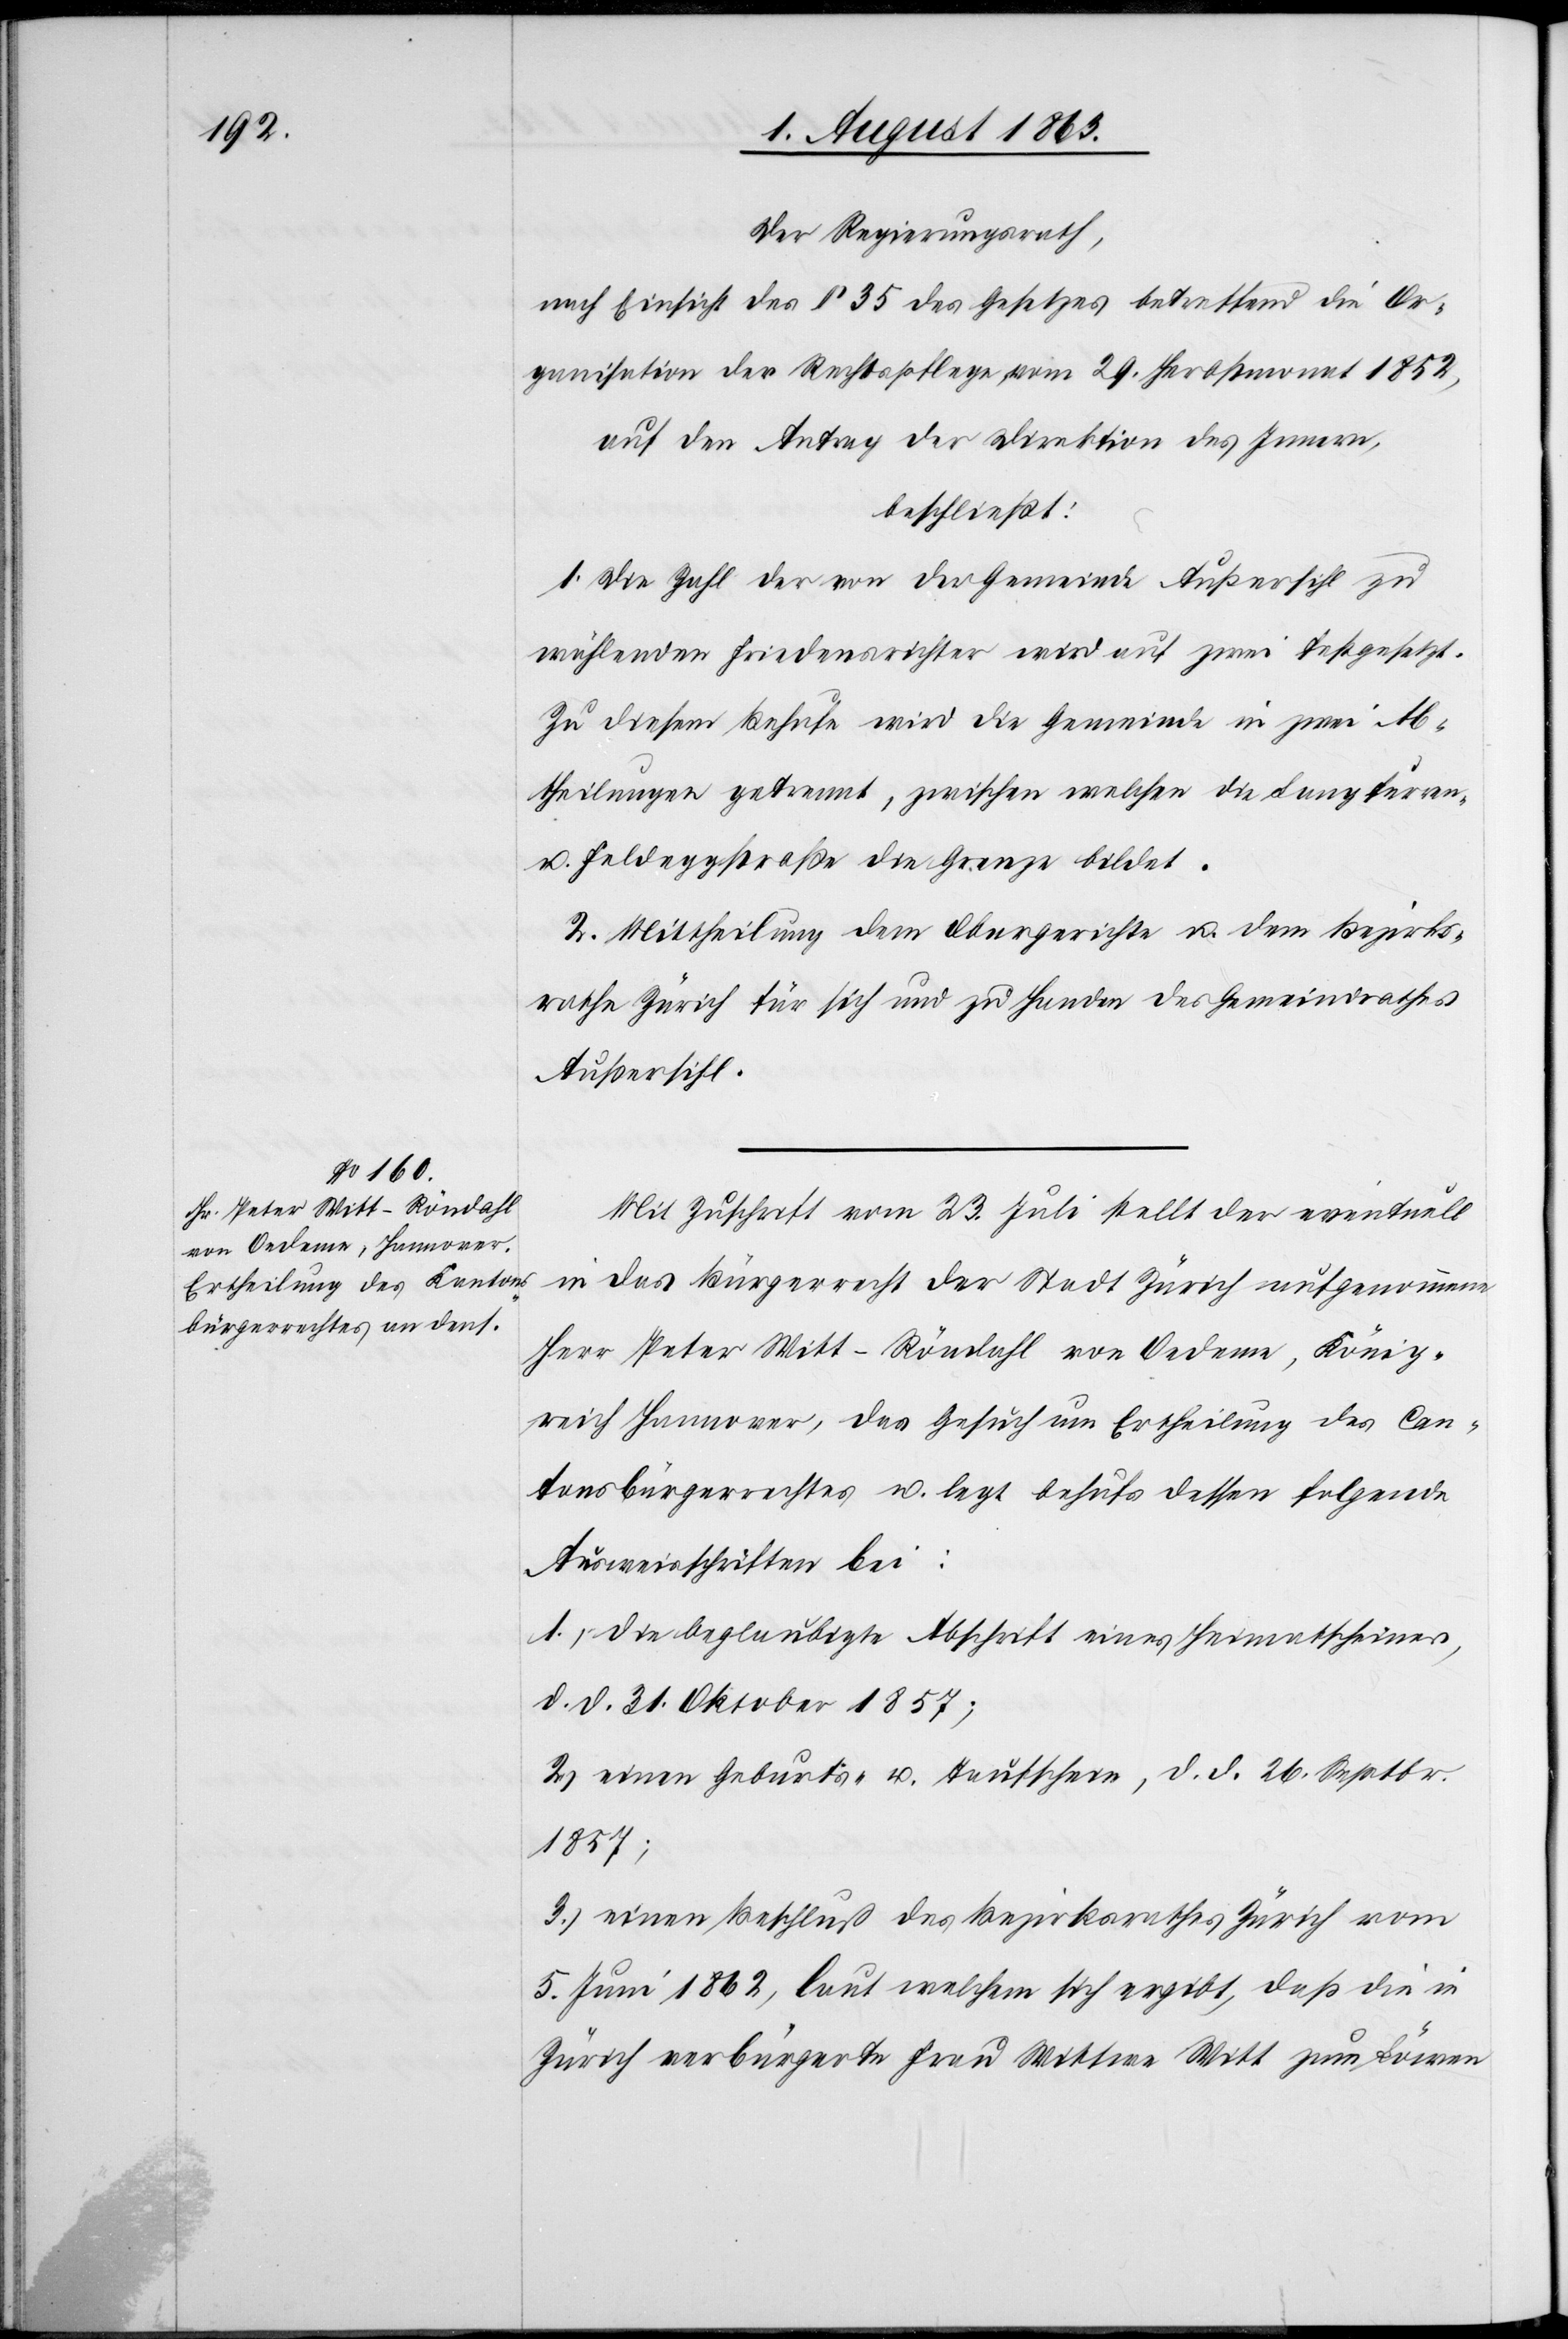
Der Regierungsrath,
nach Einsicht des § 35 des Gesetzes betreffend die Or¬
ganisation der Rechtspflege vom 29. Herbstmonat 1852,
auf den Antrag der Direktion des Innern,
beschließt:
1. Die Zahl der von der Gemeinde Außersihl zu
wählenden Friedensrichter wird auf zwei festgesetzt.
Zu diesem Behufe wird die Gemeinde in zwei Ab¬
theilungen getrennt, zwischen welchen die Langfurren-
u. Feldeggstraße die Grenze bildet.
2. Mittheilung dem Obergerichte u. dem Bezirks¬
rathe Zürich für sich und zu Handen des Gemeindrathes
Außersihl.
Mit Zuschrift vom 23. Juli stellt der eventuell
in das Bürgerrecht der Stadt Zürich aufgenommene
Herr Peter Witt-Röndahl von Oedeme, König¬
reich Hannover, das Gesuch um Ertheilung des Can¬
tonsbürgerrechtes u. legt behufs dessen folgende
Ausweisschriften bei:
1.) die beglaubigte Abschrift eines Heimatscheines,
d. d. 31. Oktober 1857;
2.) einen Geburts- u. Taufschein, d. d. 26. Septbr.
1857;
3.) einen Beschluß des Bezirksrathes Zürich vom
5. Juni 1862, laut welchem sich ergibt, daß die in
Zürich verbürgerte Frau Wittwe Witt zum Löwen